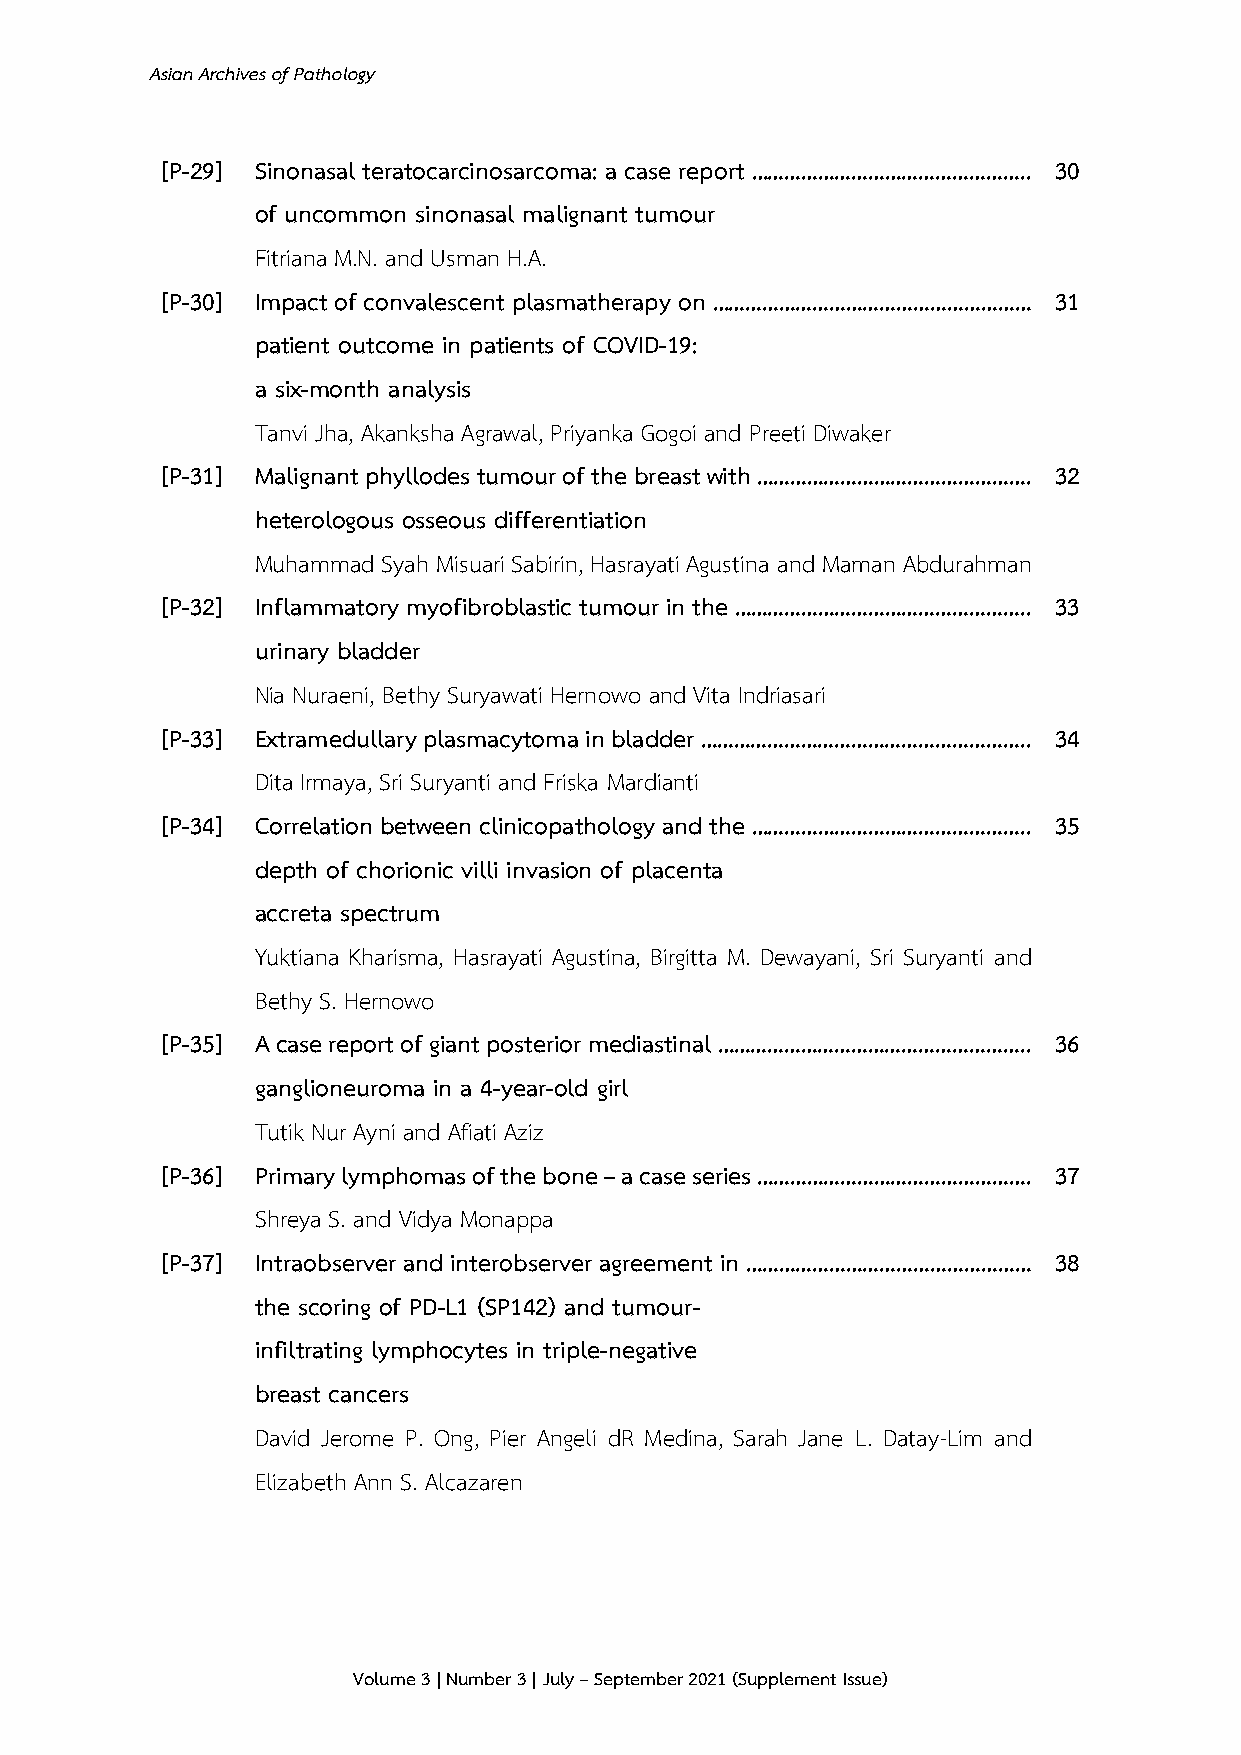
Asian Archives of Pathology
 [P-29] Sinonasal teratocarcinosarcoma: a case report ………………………………………….. 30
 of uncommon sinonasal malignant tumour
 Fitriana M.N. and Usman H.A.
 [P-30] Impact of convalescent plasmatherapy on ………………………………………………… 31
 patient outcome in patients of COVID-19:
 a six-month analysis
 Tanvi Jha, Akanksha Agrawal, Priyanka Gogoi and Preeti Diwaker
 [P-31] Malignant phyllodes tumour of the breast with …………………………………………. 32
 heterologous osseous differentiation
 Muhammad Syah Misuari Sabirin, Hasrayati Agustina and Maman Abdurahman
 [P-32] Inflammatory myofibroblastic tumour in the …………………………………………….. 33
 urinary bladder
 Nia Nuraeni, Bethy Suryawati Hernowo and Vita Indriasari
 [P-33] Extramedullary plasmacytoma in bladder ………………………………………………….. 34
 Dita Irmaya, Sri Suryanti and Friska Mardianti
 [P-34] Correlation between clinicopathology and the ………………………………………….. 35
 depth of chorionic villi invasion of placenta
 accreta spectrum
 Yuktiana Kharisma, Hasrayati Agustina, Birgitta M. Dewayani, Sri Suryanti and
 Bethy S. Hernowo
 [P-35] A case report of giant posterior mediastinal ……………………………………………….. 36
 ganglioneuroma in a 4-year-old girl
 Tutik Nur Ayni and Afiati Aziz
 [P-36] Primary lymphomas of the bone – a case series …………………………………………. 37
 Shreya S. and Vidya Monappa
 [P-37] Intraobserver and interobserver agreement in …………………………………………… 38
 the scoring of PD-L1 (SP142) and tumour-
 infiltrating lymphocytes in triple-negative
 breast cancers
 David Jerome P. Ong, Pier Angeli dR Medina, Sarah Jane L. Datay-Lim and
 Elizabeth Ann S. Alcazaren
 Volume 3 | Number 3 | July – September 2021 (Supplement Issue)